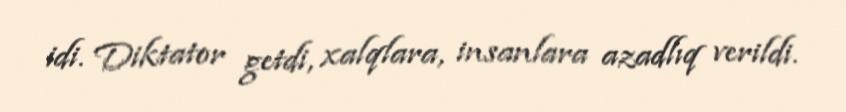
idi. Diktator getdi, xalqlara, insanlara azadlıq verildi.